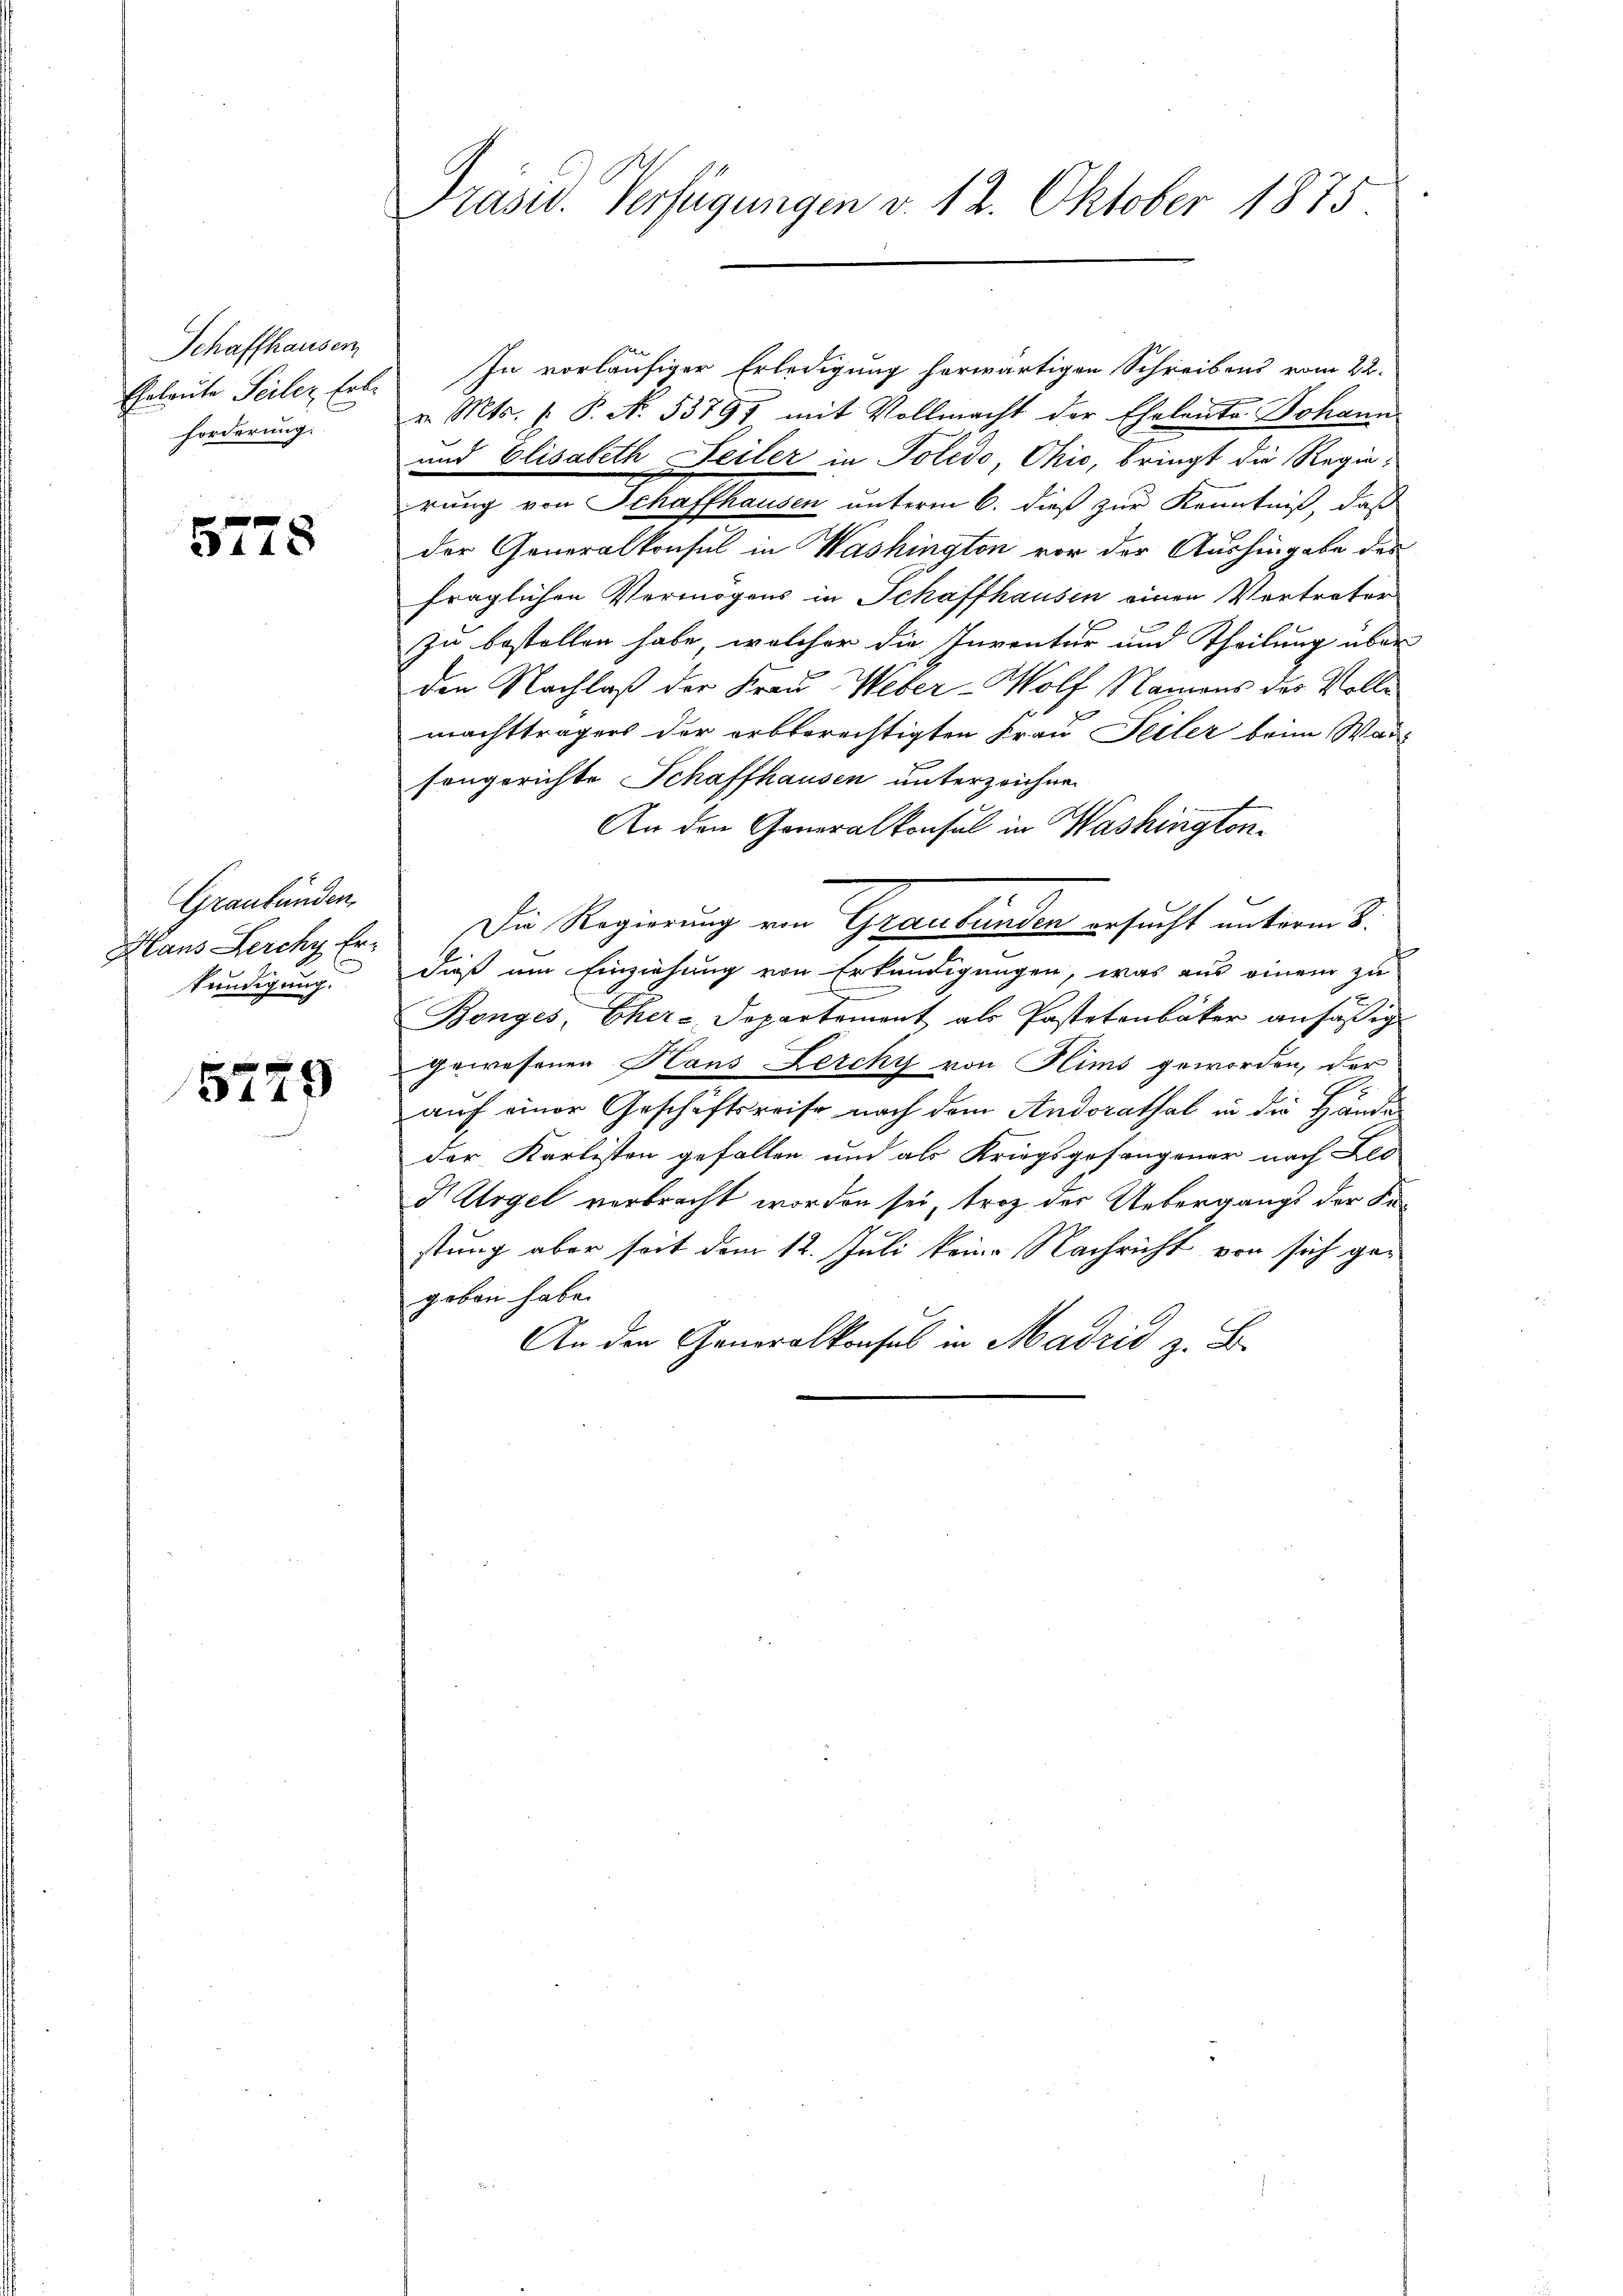
Schaffhausen
Ehrleute Seiler Erbe
forderung:

5778

Graubünden,
Haus Lerchy Erskündigung.

5729

Präsid. Verfügungen v. 12. Oktober 1875

In vorläufiger Erledigung herwärtigen Schreibens vom 22.
g
v. Mts. f. P. N. 53797 mit Vollmacht der Eheleute Johann
und Elisabeth Seiler in Poledo, Ohio, bringt die Regieerung von Schaffhausen, unterm 6. dieß zu Kenntniß, das
der Generalkonsul in Washington vor der Aushingabe des
fraglichen Vermögens in Schaffhausen einen Vertreter
zu bestellen habe, welcher die Inventur und Theilung über
den Nachlaß der Frau Weber-Wolf Namens des Vollmachtträgers der arbberechtigten Frau Teiler beim War
songerichte Schaffhausen unterzeichnen
An den Generalkonsul in Washington¬
Die Regierung von Graubünden ersucht unterm 8.
dieß um Einziehung von Erkundigungen, was aus einem zu
Bonges Eher-Departement als Pastetenbaker ansäßig
gewesenen Haus Lercky von Flims geworden, der
auf einer Geschäftsreise nach dem Anderathal in die Hände
der Karlisten gefallen und als Kriegsgefangener nach Leo
D Argel verbracht worden sei, trotz der Uebergangs der Fastung aber seit dem 12. Juli keine Nachricht von sich gegeben habe.
An den Generalkonsul in Madrid z. B.